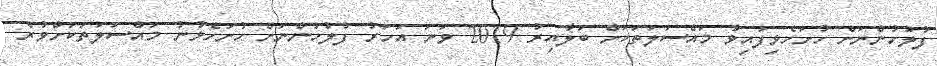
ފުލުހުންނަށް ހުށަހެޅިފައިވާ މައްސަލަތަކަށް ބަލާއިރު 2019 ވަނަ އަހަރު ފުލުހުންނަށް ހުށަހެޅުނު މައްސަލަތަކަށްވުރެ